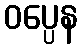
ဝပ္ပေန